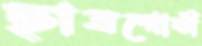
ছাত্রগোষ্ঠী